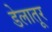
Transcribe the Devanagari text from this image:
डेलातूर